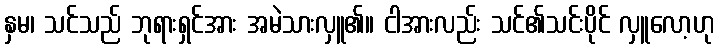
နှမ၊ သင်သည် ဘုရားရှင်အား အမဲသားလှူ၏။ ငါအားလည်း သင်၏သင်းပိုင် လှူလော့ဟု